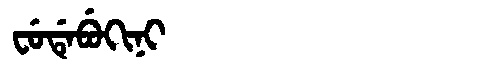
Manchu: ᠸᡠᡩᡝᠪᡠᡴᡳᠨᡳ
Romanization: FUDEBUKINI